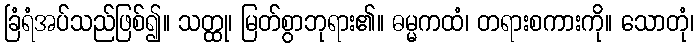
ခြံရံအပ်သည်ဖြစ်၍။ သတ္ထု၊ မြတ်စွာဘုရား၏။ ဓမ္မကထံ၊ တရားစကားကို။ သောတုံ၊